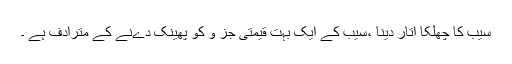
سیب کا چھلکا اتار دینا ،سیب کے ایک بہت قیمتی جز و کو پھینک دےنے کے مترادف ہے ۔